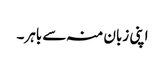
اپنی زبان منہ سے باہر۔